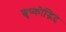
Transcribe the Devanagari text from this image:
शुष्कोद्भिद